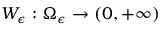
W _ { \epsilon } : \Omega _ { \epsilon } \to ( 0 , + \infty )